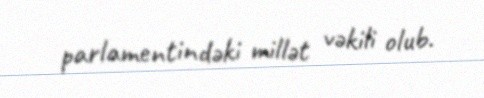
parlamentindəki millət vəkili olub.